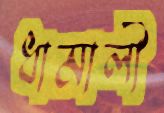
ধামালী